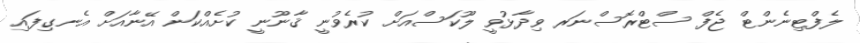
ލެފްޓިނެންޓް ޖެފް ސްޓްރޮސްނަރ ވިދާޅުވީ ލޫކަސްއަށް ކުރެވުނީ ޤާނޫނީ ކުށެއްކަން އޭނާއަށް އެނގިފައި